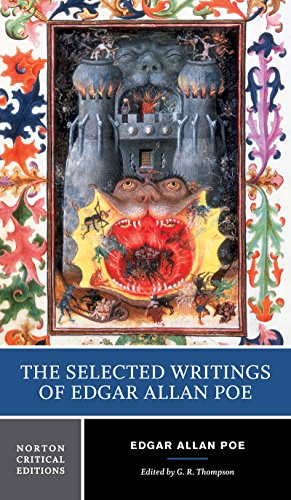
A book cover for The Selected Writings of Edgar Allan Poe (Norton Critical Editions); Edgar Allan Poe; Science Fiction & Fantasy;